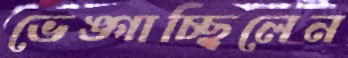
ভেঙ্গাচ্ছিলেন